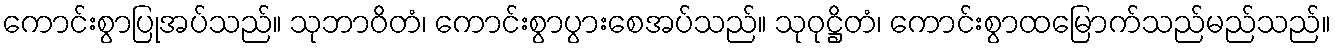
ကောင်းစွာပြုအပ်သည်။ သုဘာဝိတံ၊ ကောင်းစွာပွားစေအပ်သည်။ သုဝုဋ္ဌိတံ၊ ကောင်းစွာထမြောက်သည်မည်သည်။